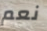
نعم